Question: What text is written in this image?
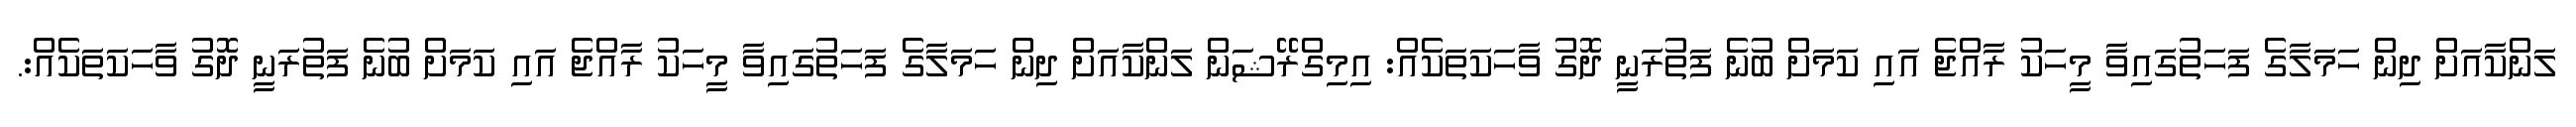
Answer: ލަންކާއަށް ދިން ހަމަލާގެ ފަހަތުގައިވާ މީހަކު ރާއްޖެ އައި ކަމަށް ބުނެ ފަތުރަނީ ދޮގު ވާހަކަތަކެއް: އިމިގްރޭޝަން ލަންކާއަށް ދިން ހަމަލާގެ ފަހަތުގައިވާ މީހަކު ރާއްޖެ އައި ކަމަށް ބުނެ ފަތުރަނީ ދޮގު ވާހަކަތަކެއް:.